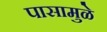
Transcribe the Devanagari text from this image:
पासामुळे